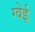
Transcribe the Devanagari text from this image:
ग्वेई